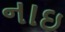
નાઇ